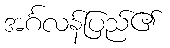
အင်္ဂလန်ပြည်၏